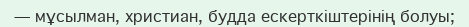
— мұсылман, христиан, будда ескерткіштерінің болуы;